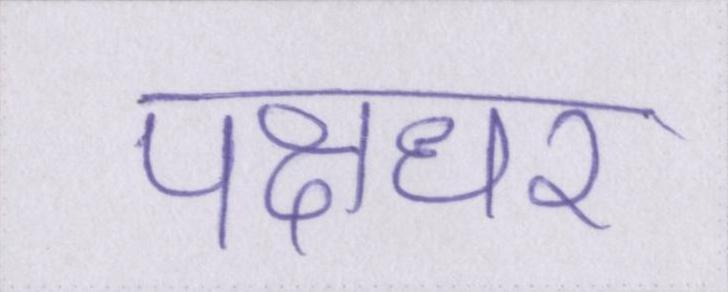
पक्षधर